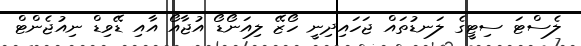
ލެސްޓަ ސިޓީގެ ލަނޑުތައް ޖަހައިދިނީ ހޯޒޭ ލިއަނޯޑޯ އުޖާއޯ އާއި ޑޭވިޑް ނިއުޖެންޓް